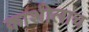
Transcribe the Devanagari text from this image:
काशीलाच